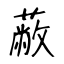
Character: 蔽